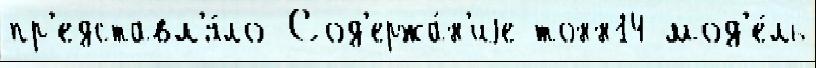
пр'едставл'я́ло Сод'ержа́н'иjе тонн14 мод'е́ль